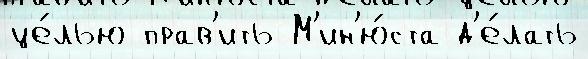
це́лью прав'ить М'ин'ю́ста д'е́лать